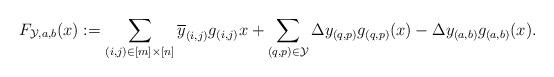
LaTeX: \begin{align*}F_{\mathcal{Y},a,b}(x) &:= \sum_{(i,j) \in [m] \times [n]} \overline{y}_{(i,j)}g_{(i,j)}x + \sum_{(q,p) \in \mathcal{Y}} \Delta y_{(q,p)}g_{(q,p)}(x) - \Delta y_{(a,b)}g_{(a,b)}(x).\end{align*}